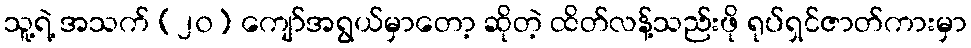
သူ့ရဲ့ အသက် (၂၀) ကျော်အရွယ်မှာတော့ ဆိုတဲ့ ထိတ်လန့်သည်းဖို ရုပ်ရှင်ဇာတ်ကားမှာ